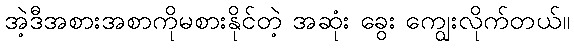
အဲ့ဒီအစားအစာကိုမစားနိုင်တဲ့ အဆုံး ခွေး ကျွေးလိုက်တယ်။